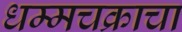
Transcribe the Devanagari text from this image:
धम्मचक्राचा